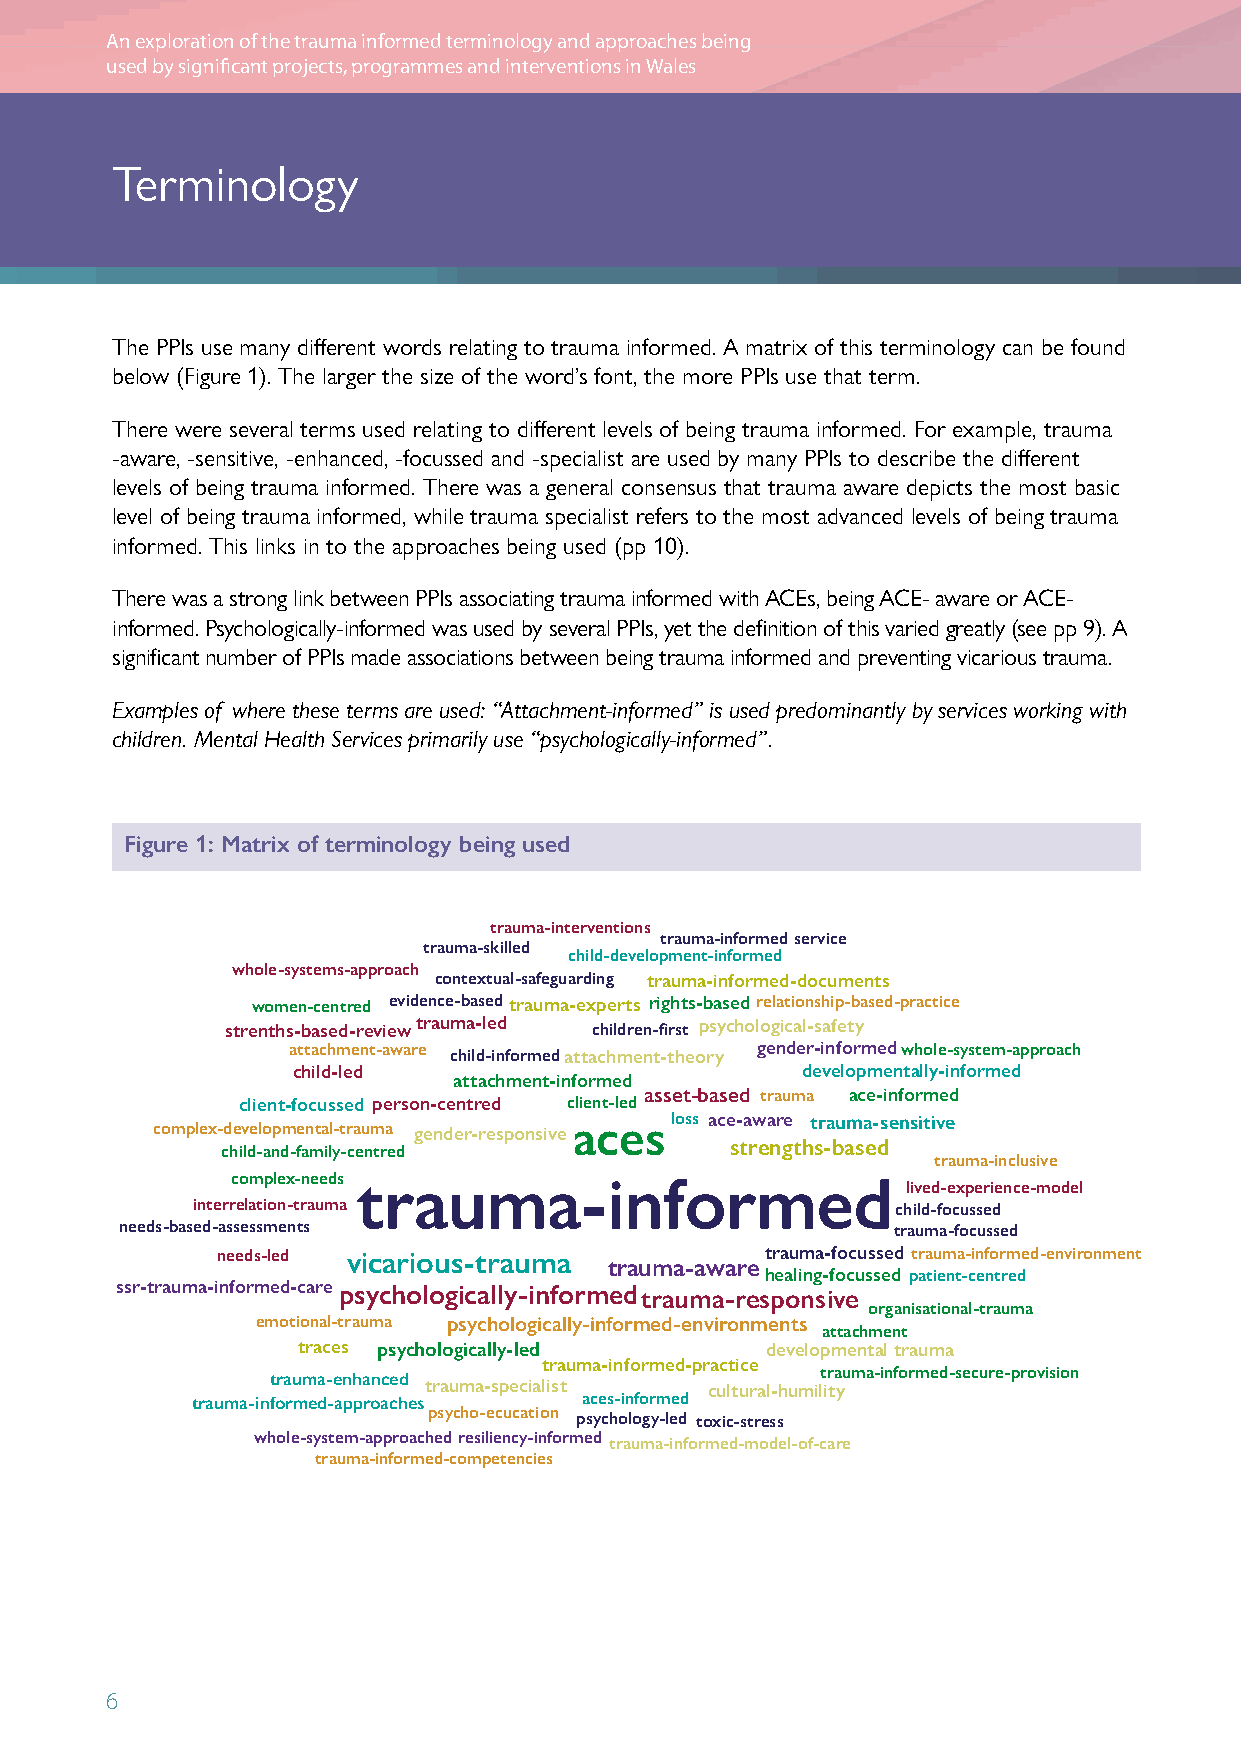
An exploration of the trauma informed terminology and approaches being
 used by significant projects, programmes and interventions in Wales
 Terminology
 The PPIs use many different words relating to trauma informed. A matrix of this terminology can be found
 below (Figure 1). The larger the size of the word’s font, the more PPIs use that term.
 There were several terms used relating to different levels of being trauma informed. For example, trauma
 -aware, -sensitive, -enhanced, -focussed and -specialist are used by many PPIs to describe the different
 levels of being trauma informed. There was a general consensus that trauma aware depicts the most basic
 level of being trauma informed, while trauma specialist refers to the most advanced levels of being trauma
 informed. This links in to the approaches being used (pp 10).
 There was a strong link between PPIs associating trauma informed with ACEs, being ACE- aware or ACE-
 informed. Psychologically-informed was used by several PPIs, yet the definition of this varied greatly (see pp 9). A
 significant number of PPIs made associations between being trauma informed and preventing vicarious trauma.
 Examples of where these terms are used: “Attachment-informed” is used predominantly by services working with
 children. Mental Health Services primarily use “psychologically-informed”.
 Figure 1: Matrix of terminology being used
 trauma-interventions
 trauma-informed service
 trauma-skilled
 child-development-informed
 whole-systems-approach
 contextual-safeguarding trauma-informed-documents
 women-centred evidence-basedtrauma-experts rights-basedrelationship-based-practice
 strenths-based-reviewtrauma-led children-first psychological-safety
 attachment-aware child-informedattachment-theory gender-informedwhole-system-approach
 child-led                         developmentally-informed
 attachment-informed
 asset-based trauma ace-informed
 client-focussed person-centred client-led
 complex-developmental-trauma gender-responsive
 acesloss ace-aware trauma-sensitive
 strengths-based
 child-and-family-centred
 trauma-inclusive
 complex-needs trauma-informed                lived-experience-model
 interrelation-trauma                          child-focussed
 needs-based-assessments                            trauma-focussed
 needs-led vicarious-trauma           trauma-focussed trauma-informed-environment
 trauma-aware
 healing-focussed patient-centred
 ssr-trauma-informed-care psychologically-informedtrauma-responsive
 organisational-trauma
 emotional-trauma psychologically-informed-environments
 attachment
 traces psychologically-led     developmental trauma
 trauma-informed-practice
 trauma-informed-secure-provision
 trauma-enhanced
 trauma-specialist  cultural-humility
 trauma-informed-approaches aces-informed
 psycho-ecucation psychology-led toxic-stress
 whole-system-approached resiliency-informed trauma-informed-model-of-care
 trauma-informed-competencies
 6